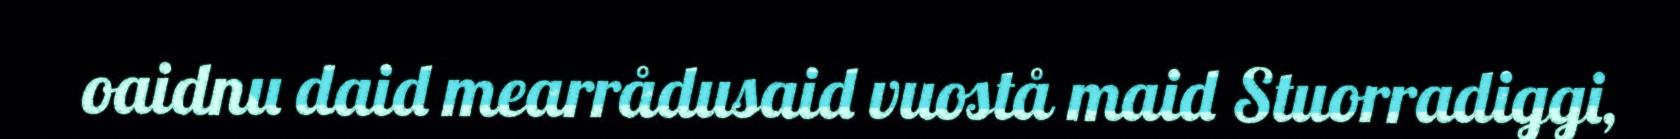
oaidnu daid mearrådusaid vuostå maid Stuorradiggi,